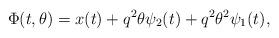
LaTeX: \begin{align*}\Phi(t, \theta) = x(t) + q^2 \theta \psi_2(t) + q^2 \theta^2 \psi_1(t),\end{align*}